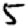
Digit: 5